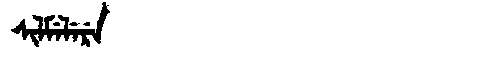
Manchu: ᠰᡳᠯᠮᡝᠯᡝᡵᡝ
Romanization: SILMELERE